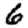
Digit: 6